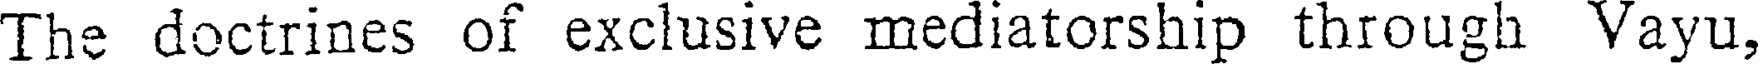
The doctrines of exclusive mediatorship through Vayu,